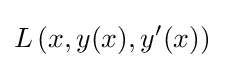
L\left(x,y(x),y'(x)\right)